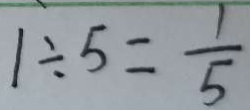
1 \div 5 = \frac { 1 } { 5 }